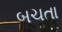
બચતા